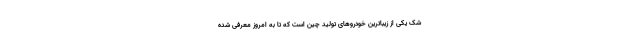
شک یکی از زیباترین خودروهای تولید چین است که تا به امروز معرفی شده